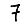
Digit: 7